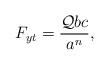
LaTeX: \begin{align*}F_{yt} =\frac{{\cal Q}bc}{a^n},\end{align*}